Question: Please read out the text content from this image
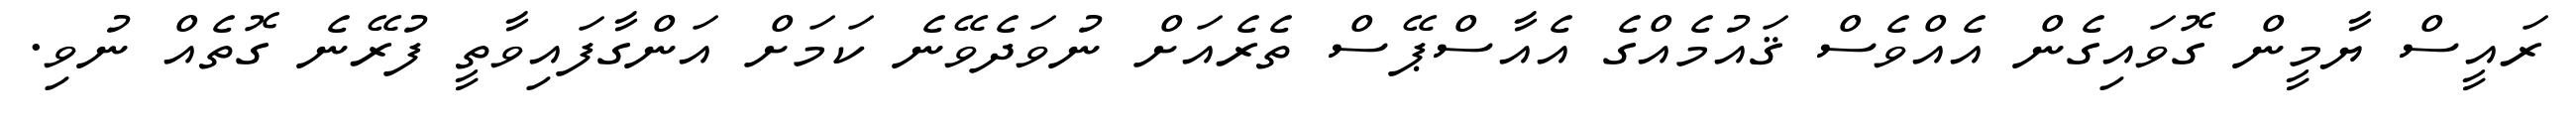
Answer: ރައީސް ޔާމީން ގޮވައިގެން އެއްވެސް ޤައުމެއްގެ އެއާސްޕޭސް ތެރެއަށް ނުވަދެވޭނެ ކަމަށް އަންގާފައިވާތީ ފުރޭނެ ގޮތެއް ނުވި.